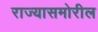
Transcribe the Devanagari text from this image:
राज्यासमोरील